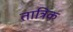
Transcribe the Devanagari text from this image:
तात्रिक